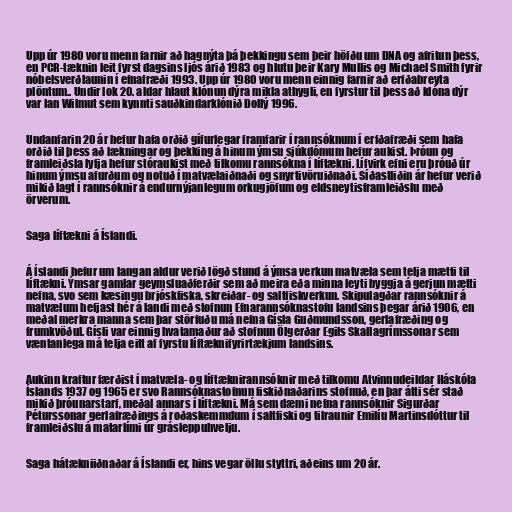
Upp úr 1980 voru menn farnir að hagnýta þá þekkingu sem þeir höfðu um DNA og afritun þess,
en PCR-tæknin leit fyrst dagsins ljós árið 1983 og hlutu þeir Kary Mullis og Michael Smith fyrir
nóbelsverðlaunin í efnafræði 1993. Upp úr 1980 voru menn einnig farnir að erfðabreyta
plöntum.. Undir lok 20. aldar hlaut klónun dýra mikla athygli, en fyrstur til þess að klóna dýr
var Ian Wilmut sem kynnti sauðkindarklónið Dollý 1996.

Undanfarin 20 ár hefur hafa orðið gífurlegar framfarir í rannsóknum í erfðafræði sem hafa
orðið til þess að lækningar og þekking á hinum ýmsu sjúkdómum hefur aukist. Þróun og
framleiðsla lyfja hefur stóraukist með tilkomu rannsókna í líftækni. Lífvirk efni eru þróuð úr
hinum ýmsu afurðum og notuð í matvælaiðnaði og snyrtivöruiðnaði. Síðastliðin ár hefur verið
mikið lagt í rannsóknir á endurnýjanlegum orkugjöfum og eldsneytisframleiðslu með
örverum.

Saga líftækni á Íslandi.

Á Íslandi hefur um langan aldur verið lögð stund á ýmsa verkun matvæla sem telja mætti til
líftækni. Ýmsar gamlar geymsluaðferðir sem að meira eða minna leyti byggja á gerjun mætti
nefna, svo sem kæsingu brjóskfiska, skreiðar- og saltfiskverkun. Skipulagðar rannsóknir á
matvælum hefjast hér á landi með stofnun Efnarannsóknastofu landsins þegar árið 1906, en
meðal merkra manna sem þar störfuðu má nefna Gísla Guðmundsson, gerlafræðing og
frumkvöðul. Gísli var einnig hvatamaður að stofnun Ölgerðar Egils Skallagrímssonar sem
væntanlega má telja eitt af fyrstu líftæknifyrirtækjum landsins.

Aukinn kraftur færðist í matvæla- og líftæknirannsóknir með tilkomu Atvinnudeildar Háskóla
Íslands 1937 og 1965 er svo Rannsóknastofnun fiskiðnaðarins stofnuð, en þar átti sér stað
mikið þróunarstarf, meðal annars í líftækni. Má sem dæmi nefna rannsóknir Sigurðar
Péturssonar gerlafræðings á roðaskemmdum í saltfiski og tilraunir Emilíu Martinsdóttur til
framleiðslu á matarlími úr grásleppuhvelju.

Saga hátækniiðnaðar á Íslandi er, hins vegar öllu styttri, aðeins um 20 ár.